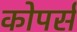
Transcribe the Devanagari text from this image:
कोपर्स